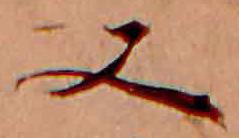
又